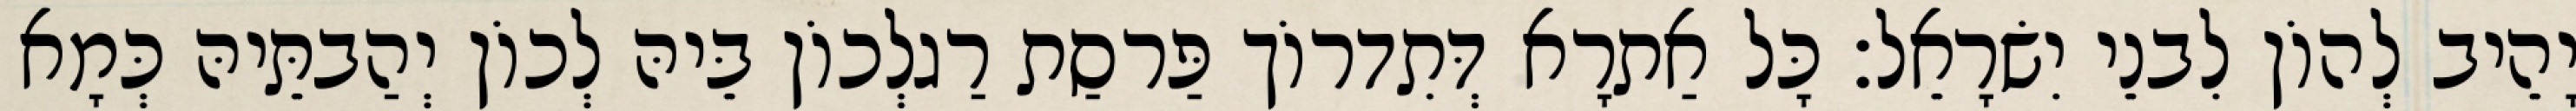
יָהֵיב לְהוֹן לִבנֵי יִשׂרָאֵל׃ כָּל אַתרָא דְּתִדרוֹך פַּרסַת רַגלְכוֹן בֵּיהּ לְכוֹן יְהַבתֵּיהּ כְּמָא